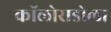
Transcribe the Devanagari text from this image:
कॉलोराडोला